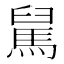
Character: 𩣅